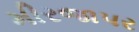
મીરજાપર